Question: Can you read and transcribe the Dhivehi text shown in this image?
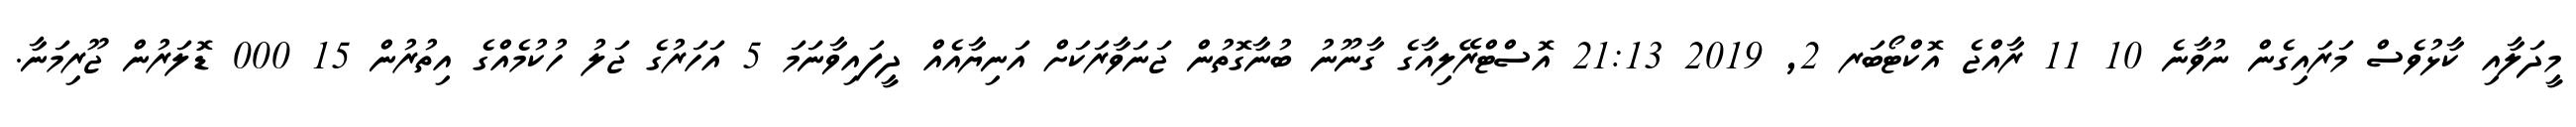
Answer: މީދަލާއި ކާޅުވެސް މަރައިގެން ނުވާނެ 10 11 ރާއްޖެ އޮކްޓޯބަރ 2, 2019 21:13 އޮސްޓްރޭލިއާގެ ގާނޫނު ބުނާގޮތުން ޖަނަވާރަކަށް އަނިޔާއެއް ދީފައިވާނަމަ 5 އަހަރުގެ ޖަލު ހުކުމެއްގެ އިތުރުން 15 000 ޑޮލަރުން ޖޫރިމަނާ.